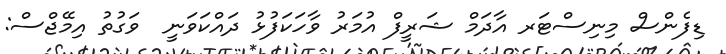
ޑިފެންސް މިނިސްޓަރ އާދަމް ޝަރީފް އުމަރު ވާހަކަފުޅު ދައްކަވަނީ  ވަގުތު އިމޭޖްސް: